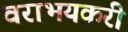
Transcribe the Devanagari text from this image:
वराभयकरी